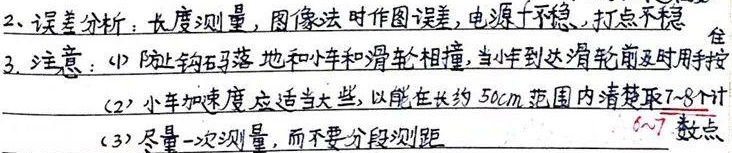
2. 误差分析：
    - 长度测量会产生误差。
    - 图像法作图存在误差。
    - 电源不稳会导致误差。
    - 打点不稳会造成误差。

3. 注意：
    - (1) 防止钩码落地和小车与滑轮相撞，当小车到达滑轮前及时用手按住。
    - (2) 小车加速度应适当大些，以能在长约 50cm 范围内清楚取 7 - 8 个计（此处“计”后显示不全）。
    - (3) 尽量一次测量，而不要分段测距。（此处有“6～7”的标记，可能是对前面内容的补充说明，但表述不太完整）